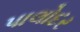
પાલોદર